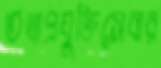
তথ্যপ্রযুক্তিসেবার